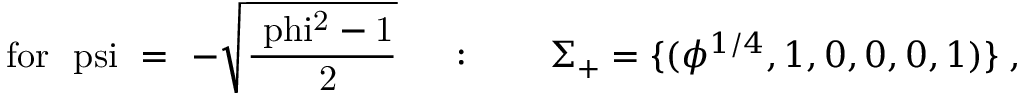
\mathrm { f o r ~ \ p s i ~ = ~ - \sqrt { \frac { \ p h i ^ { 2 } - 1 } { ~ 2 } } ~ } \quad : \qquad \Sigma _ { + } = \{ ( \phi ^ { 1 / 4 } , 1 , 0 , 0 , 0 , 1 ) \} \; ,